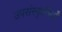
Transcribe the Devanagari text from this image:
उपसंस्कृतियाँ